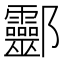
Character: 𨟯